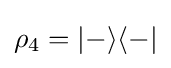
\rho _{4}=|-\rangle \langle -|